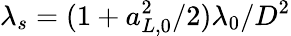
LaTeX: \lambda_{s}=(1+a_{L,0}^{2}/2)\lambda_{0}/D^{2}